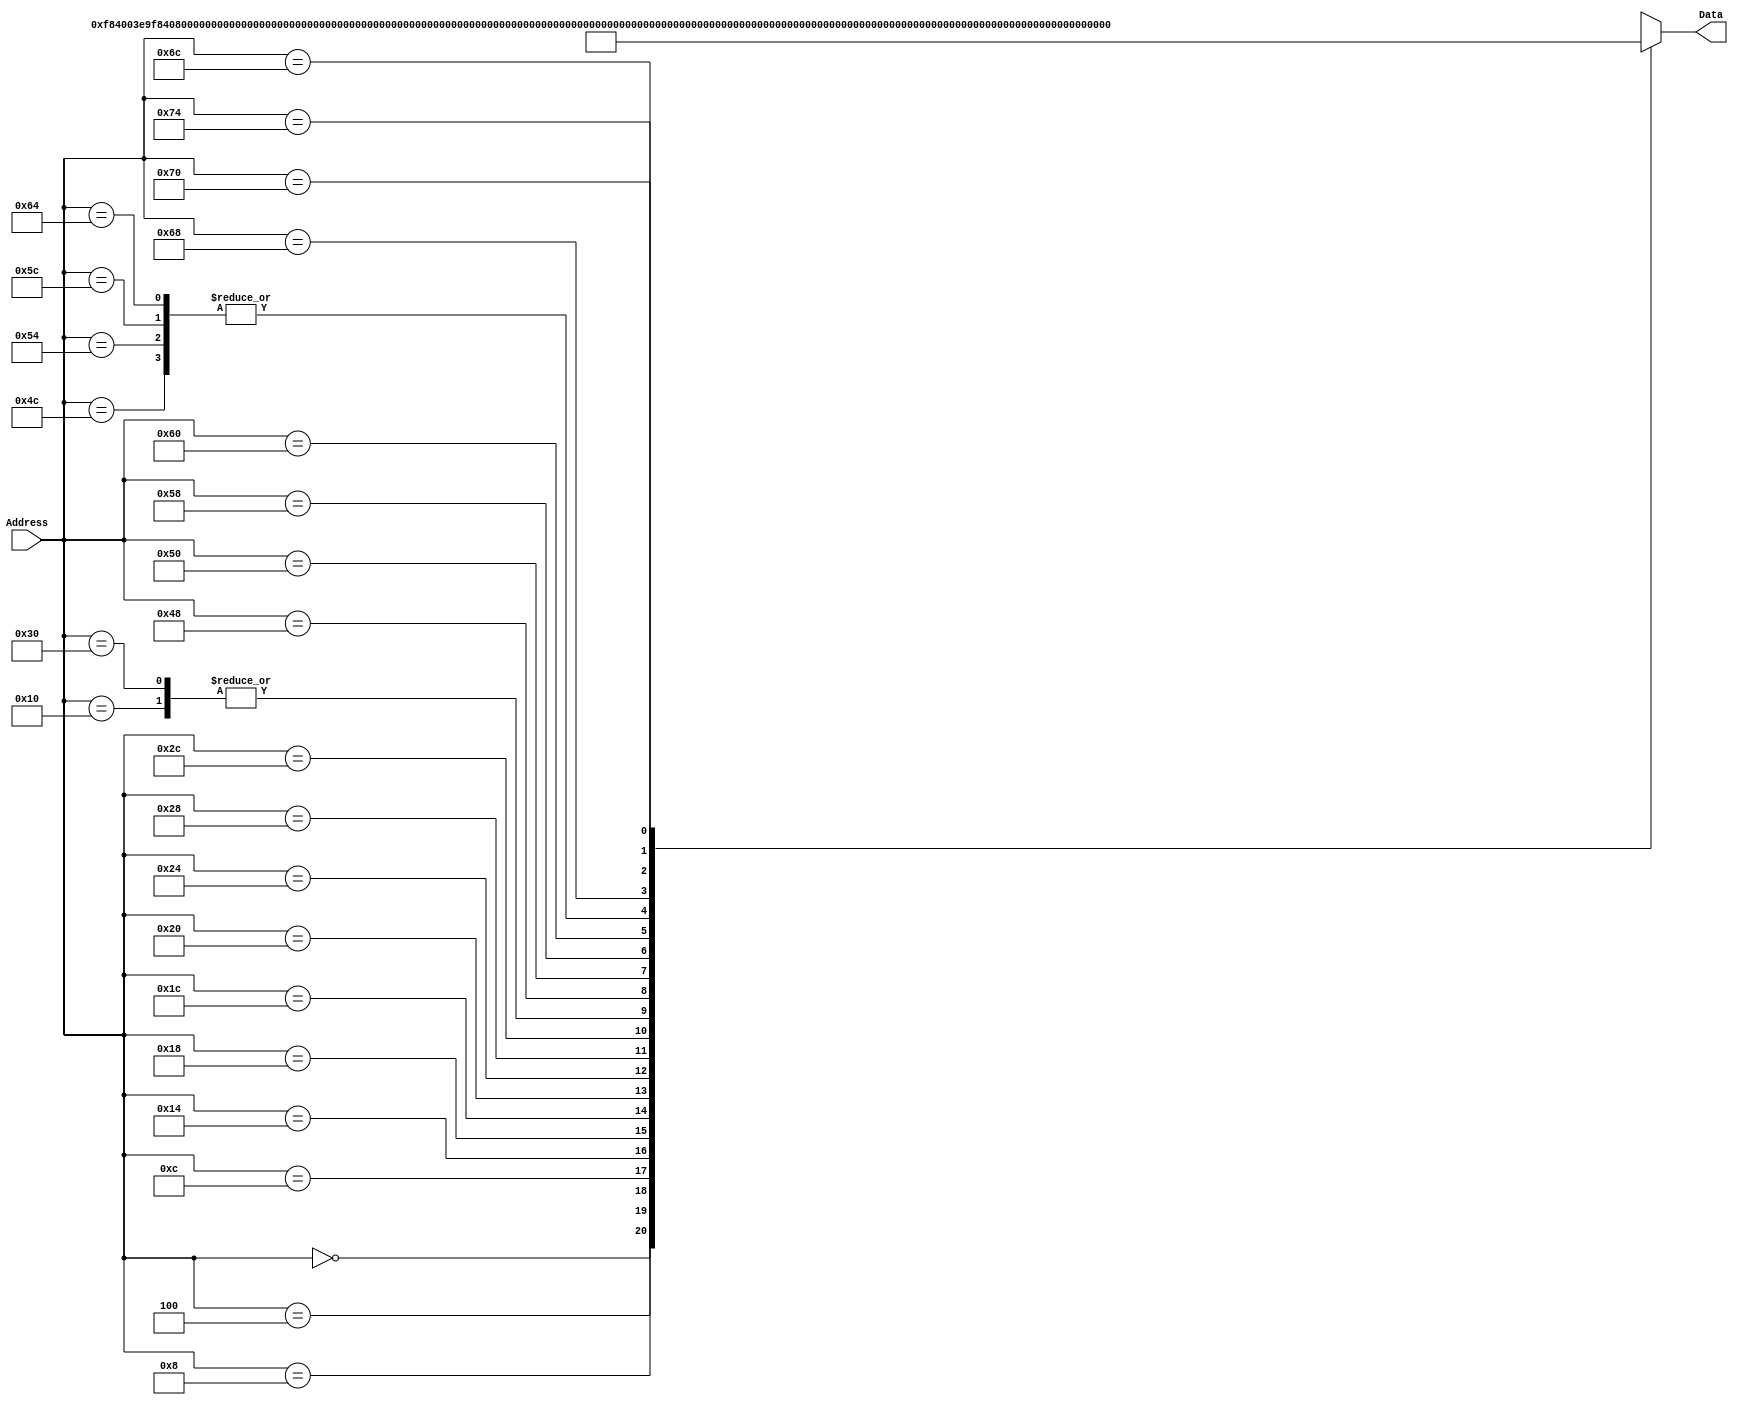
`timescale 1ns / 1ps
/*
 * Module: InstructionMemory
 *
 * Implements read-only instruction memory
 * 
 */
module InstructionMemory(Data, Address);
   parameter T_rd = 20;
   parameter MemSize = 40;
   
   output [31:0] Data;
   input [63:0]  Address;
   reg [31:0] 	 Data;
   
   /*
    * ECEN 350 Processor Test Functions
    * Texas A&M University
    */
   
   always @ (Address) begin
      case(Address)

	/* Test Program 1:
	 * Program loads constants from the data memory. Uses these constants to test
	 * the following instructions: LDUR, ORR, AND, CBZ, ADD, SUB, STUR and B.
	 * 
	 * Assembly code for test:
	 * 
	 * 0: LDUR X9, [XZR, 0x0]    //Load 1 into x9
	 * 4: LDUR X10, [XZR, 0x8]   //Load a into x10
	 * 8: LDUR X11, [XZR, 0x10]  //Load 5 into x11
	 * C: LDUR X12, [XZR, 0x18]  //Load big constant into x12
	 * 10: LDUR X13, [XZR, 0x20]  //load a 0 into X13
	 * 
	 * 14: ORR X10, X10, X11  //Create mask of 0xf
	 * 18: AND X12, X12, X10  //Mask off low order bits of big constant
	 * 
	 * loop:
	 * 1C: CBZ X12, end  //while X12 is not 0
	 * 20: ADD X13, X13, X9  //Increment counter in X13
	 * 24: SUB X12, X12, X9  //Decrement remainder of big constant in X12
	 * 28: B loop  //Repeat till X12 is 0
	 * 2C: STUR X13, [XZR, 0x20]  //store back the counter value into the memory location 0x20
	 *
	 *my code
	 
	LDUR X1,[XZR, 0x8]
	ORRI X1, X1, #48
	LSL X1, X1, #2
	STUR X1, [XZR,0x28]
	LDUR X1, [XZR, 0x28]
*/

	63'h000: Data = 32'hF84003E9;
	63'h004: Data = 32'hF84083EA;
	63'h008: Data = 32'hF84103EB;
	63'h00c: Data = 32'hF84183EC;
	63'h010: Data = 32'hF84203ED;
	63'h014: Data = 32'hAA0B014A;
	63'h018: Data = 32'h8A0A018C;
	63'h01c: Data = 32'hB400008C;
	63'h020: Data = 32'h8B0901AD;
	63'h024: Data = 32'hCB09018C;
	63'h028: Data = 32'h17FFFFFD;
	63'h02c: Data = 32'hF80203ED;
	63'h030: Data = 32'hF84203ED;  //One last load to place stored value on memdbus for test checking.

			
	/* Add code for your tests here */
	/*
	63'h034: Data = 32'h8b1f03e1;
	63'h038: Data = 32'hb2000821;
	63'h03C: Data = 32'hd37f0821;
	63'h040: Data = 32'hf80203e1;
	63'h044: Data = 32'hf84203e1;
	*/
	
	/* My Code
	LDUR X1,[XZR, 0x8]
	ORRI X1, X1, #48
	LSL X1, X1, #2
	STUR X1, [XZR,0x28]
	LDUR X1, [XZR, 0x28]	*/


/*	63'h048: Data = 32'hF84083E1;
	63'h04C: Data = 32'hB200C021;
	63'h050: Data = 32'hD37F0821;
	63'h054: Data = 32'hF80283E1;
	63'h058 : Data = 32'hF84283E1;*/
	//64'h04C: Data = {11'b11010011011, 5'b, 6'b0000000, 5'b01001};
	64'h048: Data = {10'b1011001000, 12'b000100100011, 5'b11111, 5'b01001};//123
	64'h04C: Data = {11'b11010011011, 5'b00000, 6'b001100, 5'b01001, 5'b01001}; // lsl
	64'h050: Data = {10'b1011001000, 12'b010001010110, 5'b01001, 5'b01001};//456
	64'h054: Data = {11'b11010011011, 5'b00000, 6'b001100, 5'b01001, 5'b01001}; // lsl
	64'h058: Data = {10'b1011001000, 12'b011110001001, 5'b01001, 5'b01001};//789
	64'h05C: Data = {11'b11010011011, 5'b00000, 6'b001100, 5'b01001, 5'b01001}; // lsl
	64'h060: Data = {10'b1011001000, 12'b101010111100, 5'b01001, 5'b01001};//abc
	64'h064: Data = {11'b11010011011, 5'b00000, 6'b001100, 5'b01001, 5'b01001}; // lsl
	64'h068: Data = {10'b1011001000, 12'b110111101111, 5'b01001, 5'b01001};//def
	64'h06C: Data = {11'b11010011011, 5'b00000, 6'b000100, 5'b01001, 5'b01001};
	63'h070: Data = 32'hF80283E9;
	63'h074 : Data = 32'hF84283E9;
	


	default: Data = 32'hXXXXXXXX;
      endcase
   end
endmodule